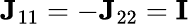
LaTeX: {\mathbf J}_{11}=-{\mathbf J}_{22}={\mathbf I}